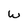
Character: w